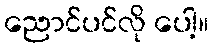
ညောင်ပင်လို ပေါ့။